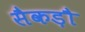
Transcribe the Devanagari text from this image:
सैकड़ौ